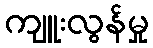
ကျူးလွန်မှု